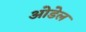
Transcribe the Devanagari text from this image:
ओडेल